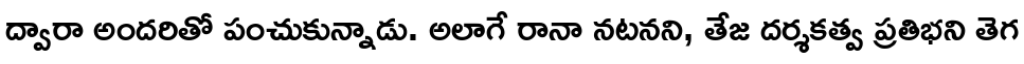
ద్వారా అందరితో పంచుకున్నాడు. అలాగే రానా నటనని, తేజ దర్శకత్వ ప్రతిభని తెగ